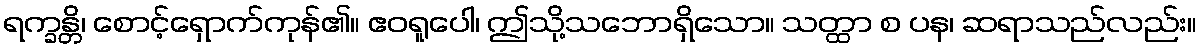
ရက္ခန္တိ၊ စောင့်ရှောက်ကုန်၏။ ဧဝရူပေါ၊ ဤသို့သဘောရှိသော။ သတ္ထာ စ ပန၊ ဆရာသည်လည်း။